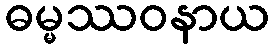
ဓမ္မဿဝနာယ